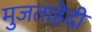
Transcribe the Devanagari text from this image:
मुजताहेदी